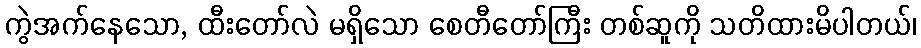
ကွဲအက်နေသော, ထီးတော်လဲ မရှိသော စေတီတော်ကြီး တစ်ဆူကို သတိထားမိပါတယ်၊